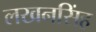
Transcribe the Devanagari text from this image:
लखनसिंह